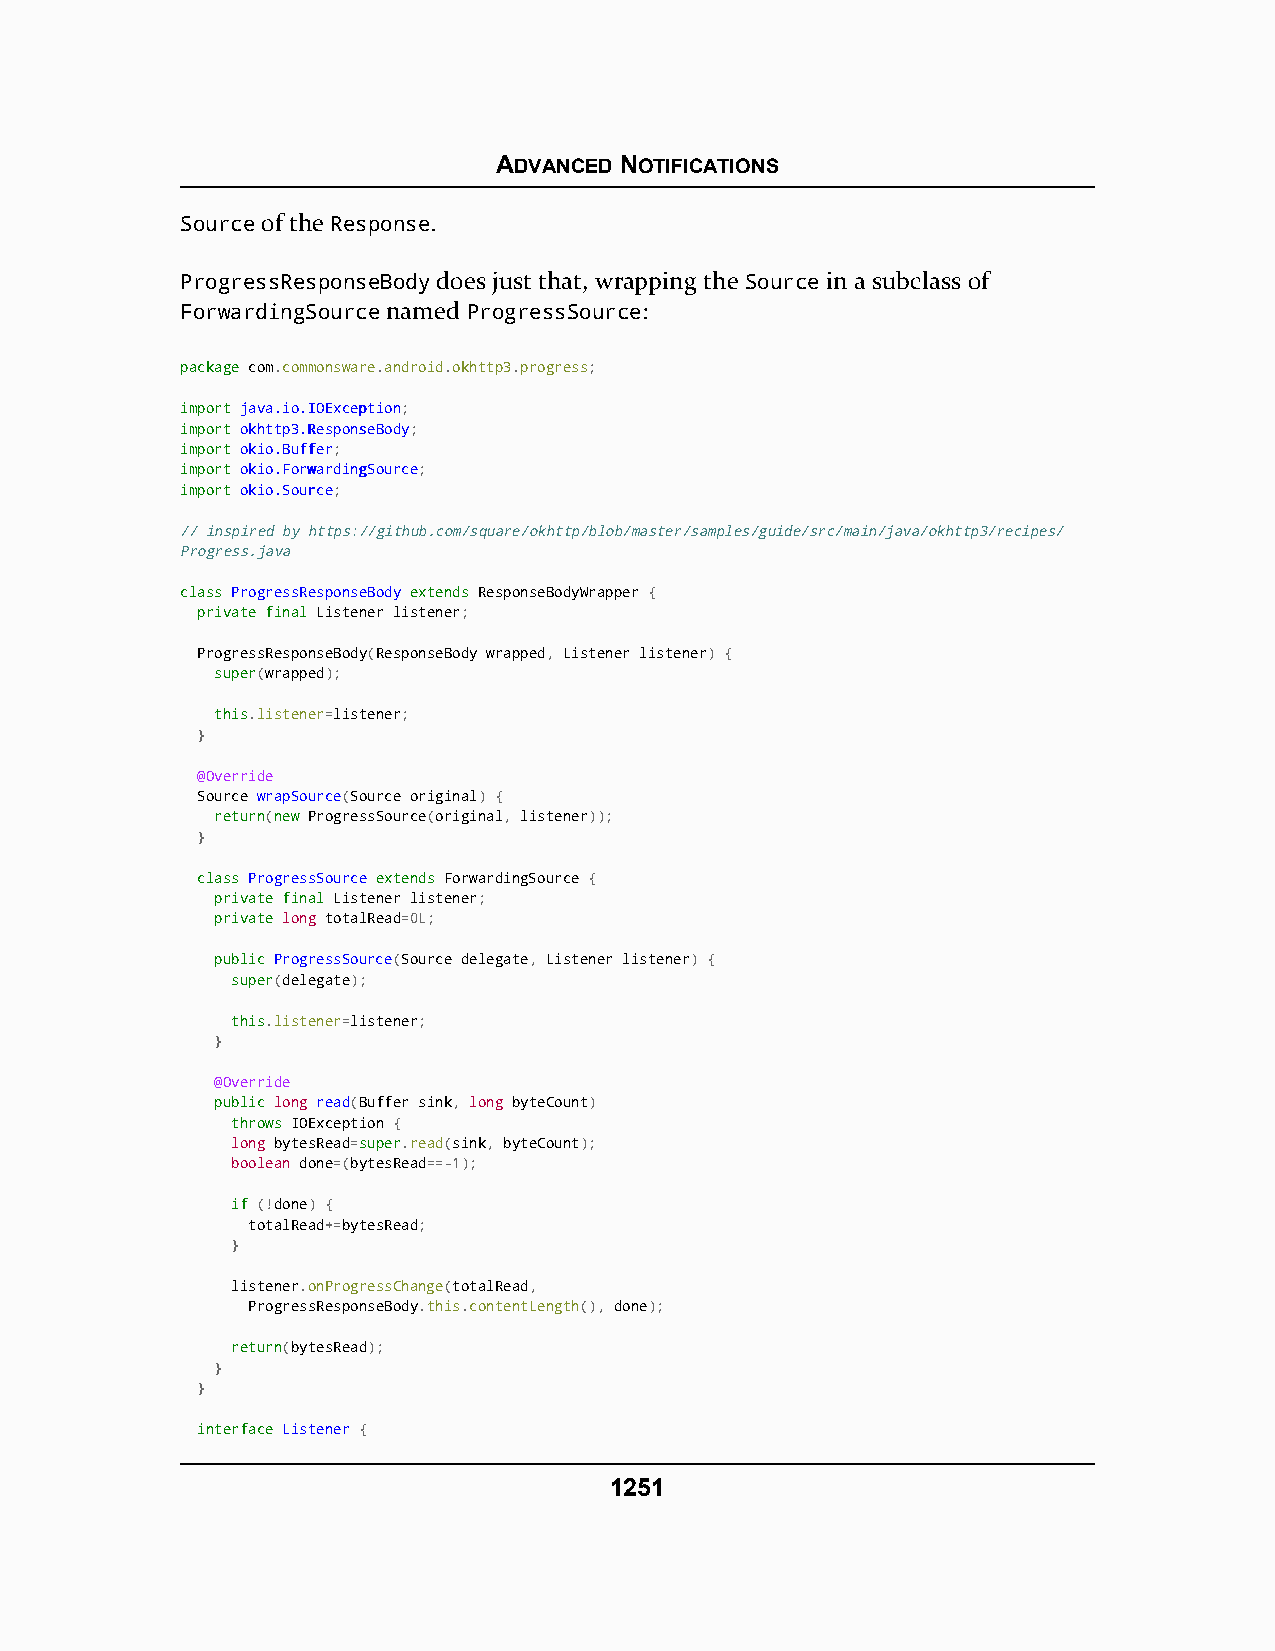
ADVANCED NOTIFICATIONS
 Source of the Response.
 ProgressResponseBody does just that, wrapping the Source in a subclass of
 ForwardingSource named ProgressSource:
 ppaacckkaaggee com.commonsware.android.okhttp3.progress;
 iimmppoorrtt jjaavvaa..iioo..IIOOEExxcceeppttiioonn;
 iimmppoorrtt ookkhhttttpp33..RReessppoonnsseeBBooddyy;
 iimmppoorrtt ookkiioo..BBuuffffeerr;
 iimmppoorrtt ookkiioo..FFoorrwwaarrddiinnggSSoouurrccee;
 iimmppoorrtt ookkiioo..SSoouurrccee;
 // inspired by https://github.com/square/okhttp/blob/master/samples/guide/src/main/java/okhttp3/recipes/
 Progress.java
 ccllaassss PPrrooggrreessssRReessppoonnsseeBBooddyy eexxtteennddss ResponseBodyWrapper {
 pprriivvaattee ffiinnaall Listener listener;
 ProgressResponseBody(ResponseBody wrapped, Listener listener) {
 ssuuppeerr(wrapped);
 tthhiiss.listener=listener;
 }
 @Override
 Source wrapSource(Source original) {
 rreettuurrnn(nneeww ProgressSource(original, listener));
 }
 ccllaassss PPrrooggrreessssSSoouurrccee eexxtteennddss ForwardingSource {
 pprriivvaattee ffiinnaall Listener listener;
 pprriivvaattee long totalRead=0L;
 ppuubblliicc ProgressSource(Source delegate, Listener listener) {
 ssuuppeerr(delegate);
 tthhiiss.listener=listener;
 }
 @Override
 ppuubblliicc long read(Buffer sink, long byteCount)
 tthhrroowwss IOException {
 long bytesRead=ssuuppeerr.read(sink, byteCount);
 boolean done=(bytesRead==-1);
 iiff (!done) {
 totalRead+=bytesRead;
 }
 listener.onProgressChange(totalRead,
 ProgressResponseBody.this.contentLength(), done);
 rreettuurrnn(bytesRead);
 }
 }
 iinntteerrffaaccee LLiisstteenneerr {
 1251